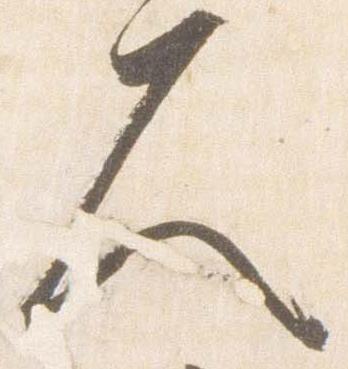
久